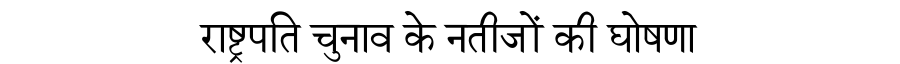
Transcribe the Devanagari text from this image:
राष्ट्रपति चुनाव के नतीजों की घोषणा